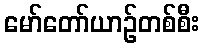
မော်တော်ယာဉ်တစ်စီး